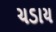
ચડાય